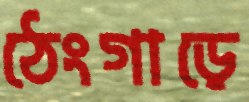
ঠেংগাড়ে